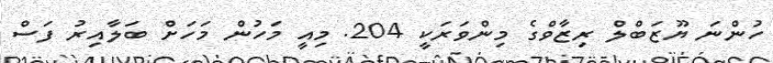
ހުންނަ ޔޫޒަބްލް ރިޒާވްގެ މިންވަރަކީ 204. މިއީ މަހުން މަހަށް ބަލާއިރު ފަސް